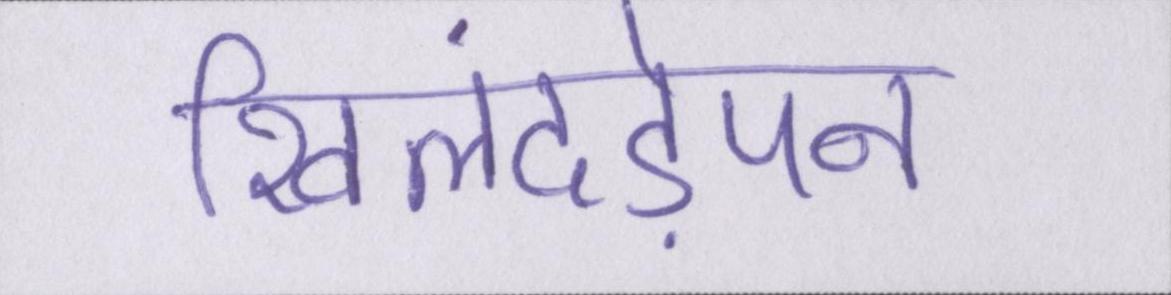
खिलंदड़ेपन